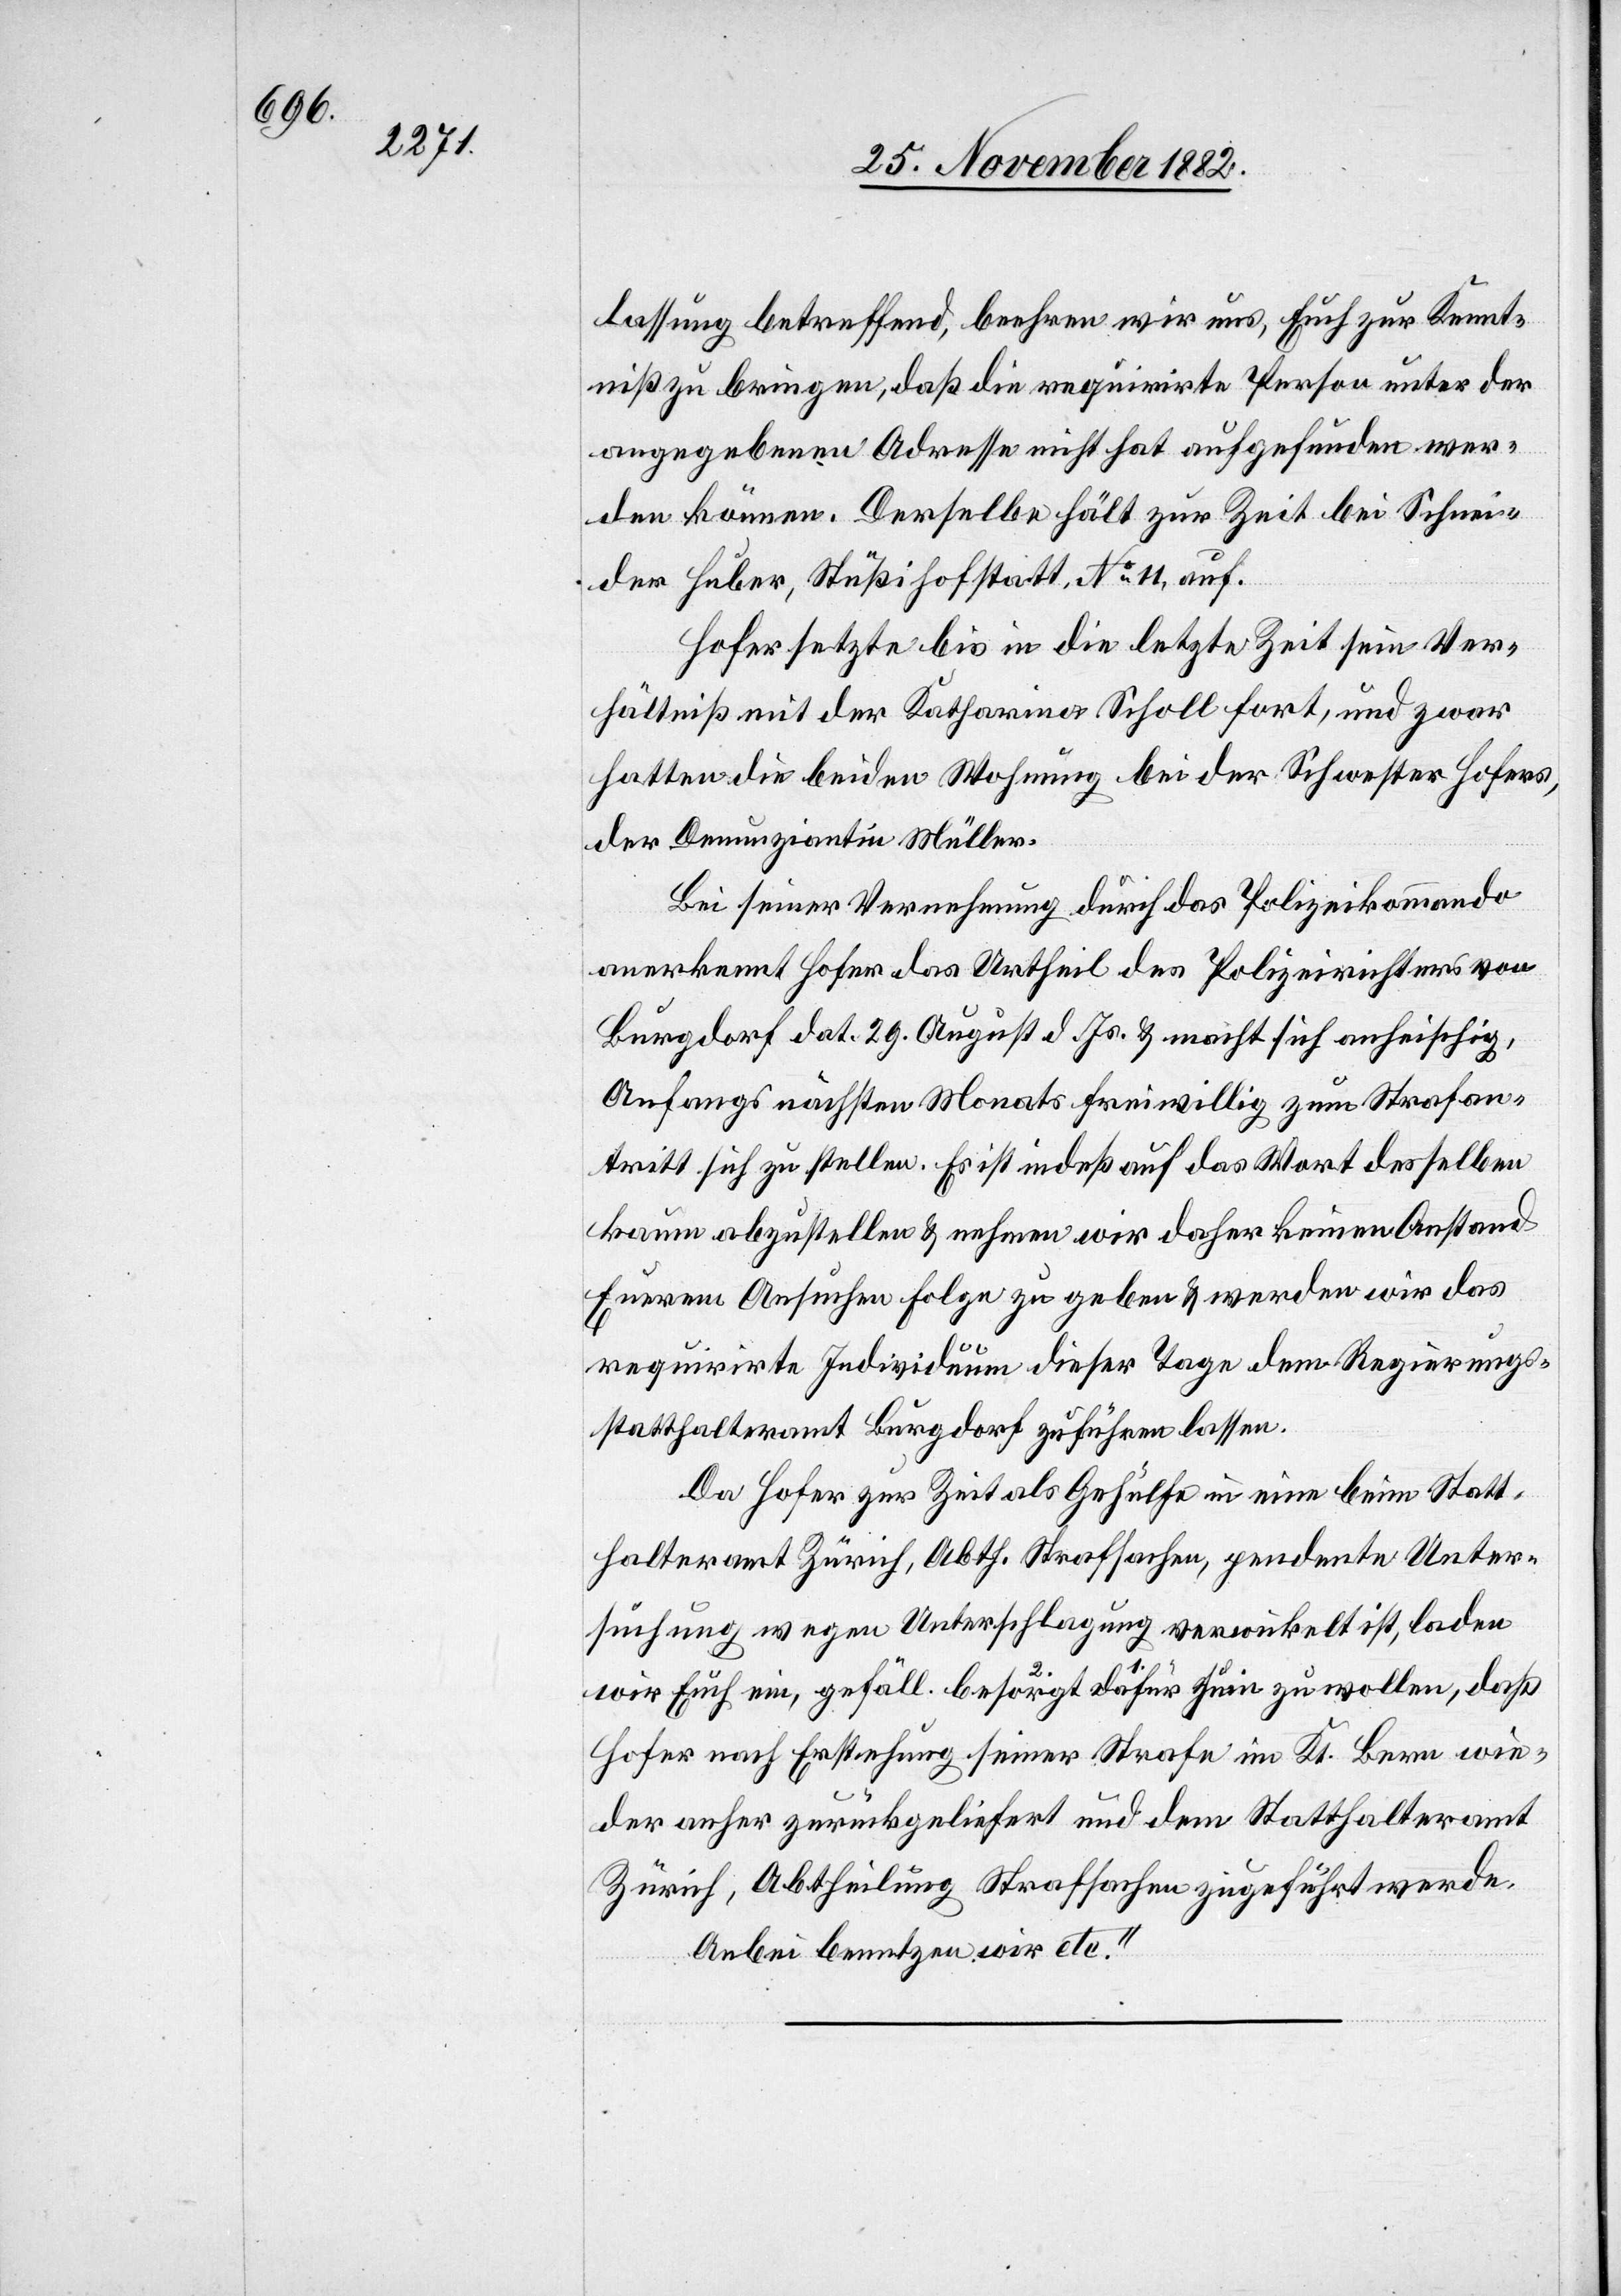
lassung betreffend, beehren wir uns, Euch zur Kennt¬
niß zu bringen, daß die requirirte Person unter der
angegebenen Adresse nicht hat aufgefunden wer¬
den können. Derselbe hält [sich] zur Zeit bei Schnei¬
der Huber, Stüßihofstatt, No 11, auf.
Hofer setzte bis in die letzte Zeit sein Ver¬
hältniß mit der Katharina Scholl fort, und zwar
hatten die beiden Wohnung bei der Schwester Hofers,
der Denunziantin Müller.
Bei seiner Vernehmung durch das Polizeikommando
anerkannte Hofer das Urtheil des Polizeirichters von
Burgdorf dat. 29. August d. Js. & macht sich anheischig,
Anfangs nächsten Monats freiwillig zum Strafan¬
tritt sich zu stellen. Es ist indeß auf das Wort desselben
kaum abzustellen & nehmen wir daher keinen Anstand
Euerem Ansuchen Folge zu geben & werden wir das
requirirte Individuum dieser Tage dem Regierungs¬
statthalteramt Burgdorf zuführen lassen.
Da Hofer zur Zeit als Gehülfe in eine beim Statt¬
halteramt Zürich, Abth. Strafsachen, pendente Unter¬
suchung wegen Unterschlagung verwickelt ist, laden
wir Euch ein, gefäll. dafür besorgt sein zu wollen, daß
Hofer nach Erstehung seiner Strafe im Kt. Bern wie¬
der anher zurückgeliefert und dem Statthalteramt
Zürich, Abtheilung Strafsachen zugeführt werde.
Anbei benutzen wir etc.“